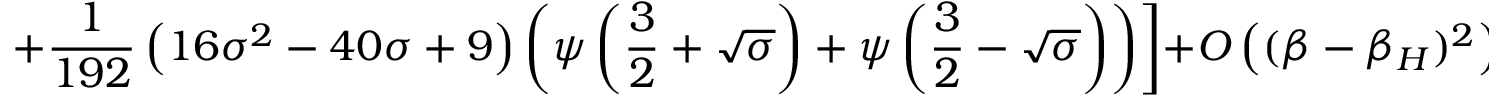
\left. + \frac { 1 } { 1 9 2 } \left( 1 6 { \sigma } ^ { 2 } - 4 0 \sigma + 9 \right) \left( \psi \left( \frac 3 2 + \sqrt { \sigma } \right) + \psi \left( \frac 3 2 - \sqrt { \sigma } \right) \right) \right] + O \left( ( \beta - \beta _ { H } ) ^ { 2 } \right) ~ ~ ~ .